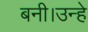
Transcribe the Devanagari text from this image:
बनी।उन्हे